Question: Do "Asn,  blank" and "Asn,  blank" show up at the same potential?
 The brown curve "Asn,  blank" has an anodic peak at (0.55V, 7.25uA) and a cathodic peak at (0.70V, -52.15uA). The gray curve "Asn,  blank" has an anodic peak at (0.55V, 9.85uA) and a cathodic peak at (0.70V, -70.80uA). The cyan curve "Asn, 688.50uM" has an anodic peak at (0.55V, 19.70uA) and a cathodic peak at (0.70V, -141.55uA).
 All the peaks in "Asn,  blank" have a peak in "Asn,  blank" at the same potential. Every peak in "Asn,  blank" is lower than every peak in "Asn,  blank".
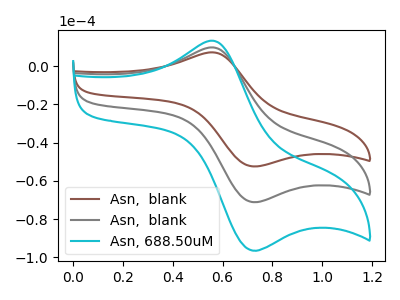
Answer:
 <answer>"Asn,  blank" and "Asn,  blank" are similar in shape.</answer>
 <eval>same_shape</eval>